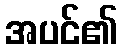
အပင်၏